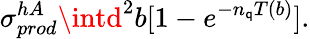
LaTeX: \sigma_{prod}^{hA}\intd^{2}b[1-e^{-n_{\mathsf{q}}T(b)}].